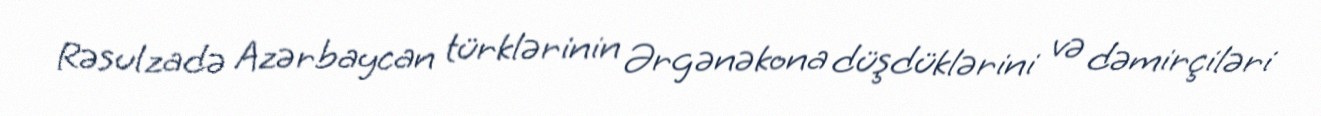
Rəsulzadə Azərbaycan türklərinin Ərgənəkona düşdüklərini və dəmirçiləri